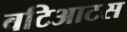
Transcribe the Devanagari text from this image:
बटिआटस